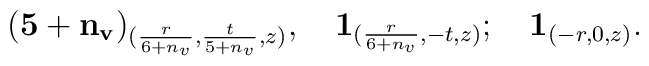
(\mathbf{5+n_v})_{(\frac{r} {6+n_v},\frac{t} {5+n_v}, z)}, \quad\mathbf{1}_{(\frac{r} {6+n_v},-t, z)}; \quad\mathbf{1}_{(-r,0,z)}.